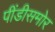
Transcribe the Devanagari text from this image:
पींडीसमोर